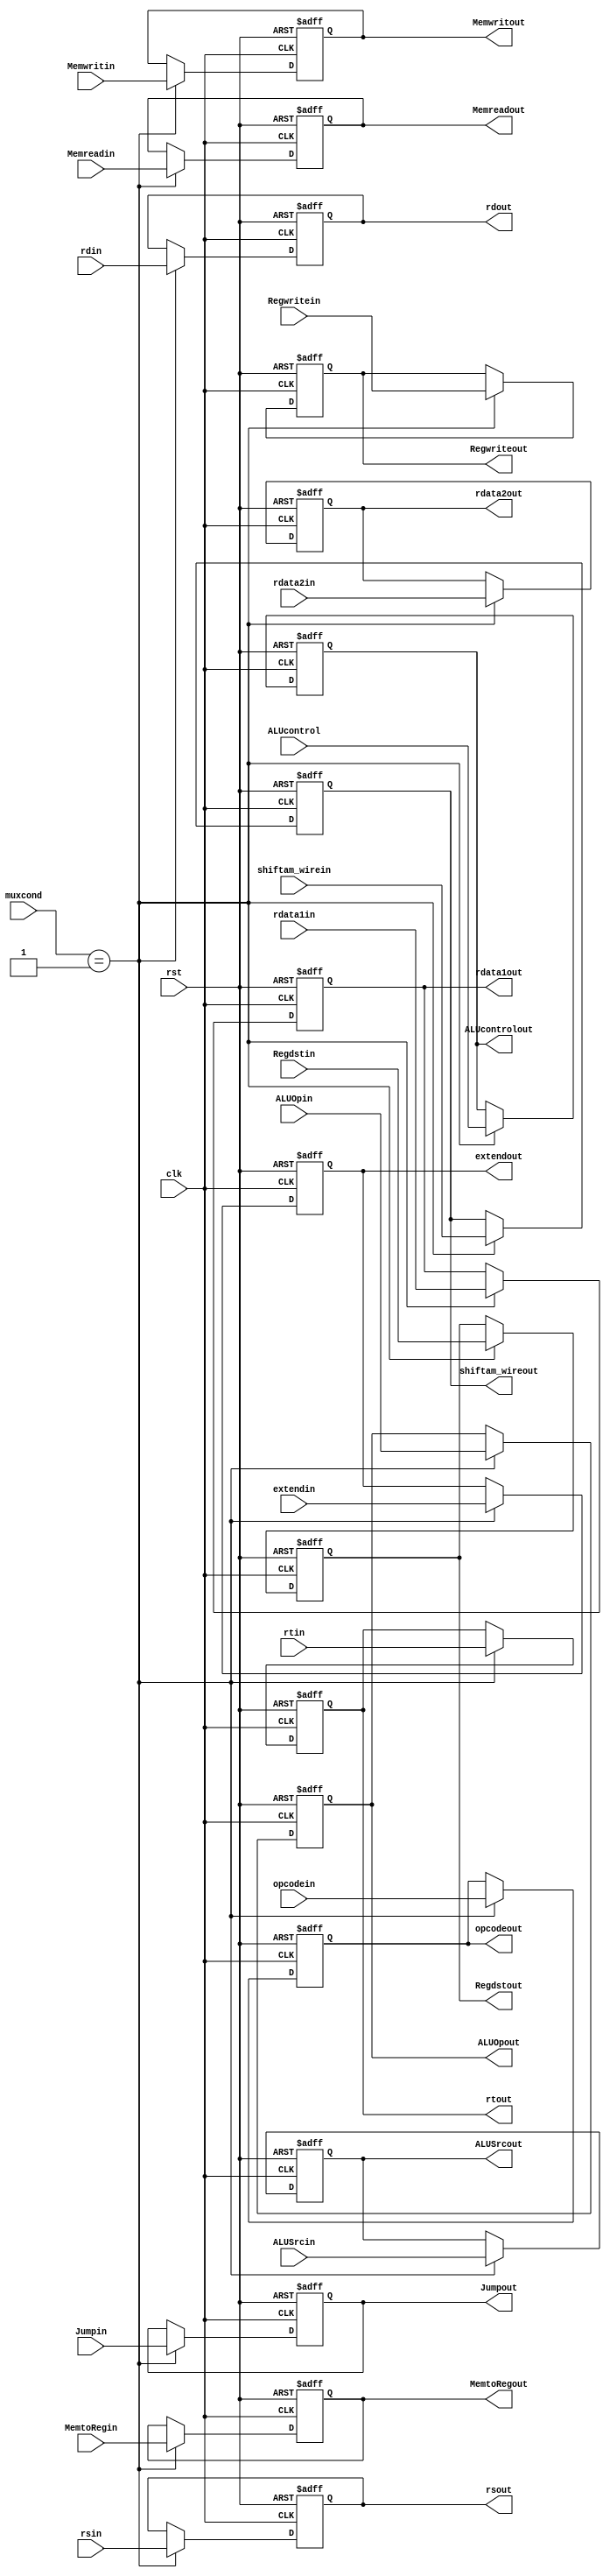
module ID_EX(
  output reg [4:0] shiftam_wireout,
  input [4:0] shiftam_wirein,
  input [31:0] rdata1in, 
  input [31:0] rdata2in,
  input [4:0] rdin, 
  input [4:0] rtin,
  input [4:0] rsin,
  output reg [31:0] rdata1out,
  output reg [31:0] rdata2out,
  output reg [4:0] rdout,
  input clk,
  output reg [4:0] rtout,
  output reg [4:0] rsout,
  input rst, 
  input [5:0] opcodein,
  output reg [5:0] opcodeout,
  input Regdstin,
  input Jumpin,
  input Memreadin, 
  input MemtoRegin, 
  input Memwritin, 
  input ALUSrcin, 
  input Regwritein,
  input [1:0] ALUOpin,
  output reg Regdstout,
  output reg Jumpout, 
  output reg Memreadout, 
  output reg MemtoRegout, 
  output reg Memwritout, 
  output reg ALUSrcout, 
  output reg Regwriteout,
  output reg [1:0] ALUOpout, 
  input [5:0] muxcond, 
  input [31:0] extendin, 
  output reg [31:0] extendout,
  output reg [5:0] ALUcontrolout,
  input [5:0] ALUcontrol
); 

  always @(posedge clk or posedge rst) begin
    if (rst) begin
      rdata1out <= 32'd0;
      rdata2out <= 32'd0;
      rdout <= 5'd0;
      rtout <= 5'd0;
      rsout <= 5'd0;
      opcodeout <= 6'd0;
      Regdstout <= 1'd0;
      Jumpout <= 1'd0;
      Memreadout <= 1'd0;
      MemtoRegout <= 1'd0;
      Memwritout <= 1'd0;
      ALUSrcout <= 1'd0;
      Regwriteout <= 1'd0;
      ALUOpout <= 2'd0;
      extendout <= 32'd0;
      ALUcontrolout <= 6'd0;
      shiftam_wireout <= 5'd0;
    end 
    else if (muxcond == 6'd1) begin
      rdata1out <= rdata1in;
      rdata2out <= rdata2in;
      rdout <= rdin;
      rtout <= rtin;
      rsout <= rsin;
      opcodeout <= opcodein;
      Regdstout <= Regdstin;
      Jumpout <= Jumpin;
      Memreadout <= Memreadin;
      MemtoRegout <= MemtoRegin;
      Memwritout <= Memwritin;
      ALUSrcout <= ALUSrcin;
      Regwriteout <= Regwritein;
      ALUOpout <= ALUOpin;
      extendout <= extendin;
      ALUcontrolout <= ALUcontrol;
      shiftam_wireout <= shiftam_wirein;
    end
  end

endmodule